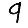
Digit: 9